Report of the Indian Hemp Drugs Commission, 1894-1895 - Volume VII
Year: 1894
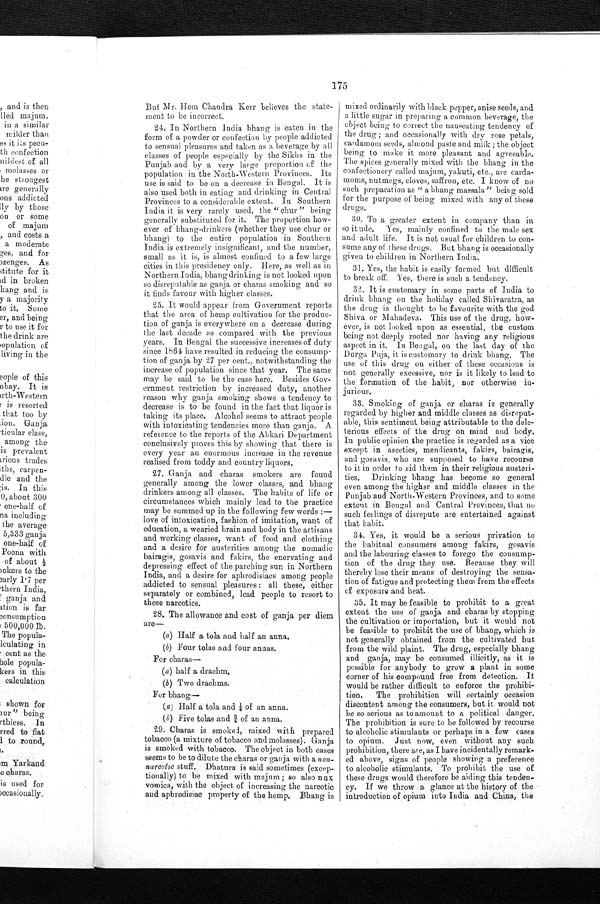
mixed ordinarily with black pepper, anise seeds, and
a little sugar in preparing a common beverage, the
object being to correct the nauseating tendency of
t he dur g ; and occas i onal l yw i t h d r y r o s e p e t a l s ,
cardamom seeds, almond paste and milk ; the object
being to make it more pleasant and agreeable.
The spices generally mixed with the bhang in the
confectionery called majum, yakuti, etc., are carda-
moms, nutmegs, cloves, saffron, etc. I know of no
such preparation as " a bang massala " being sold
for the purpose of being mixed with any of these
drugs.
30. To a greater extent in company than in
-
so itude. Yes, mainly confined to the male sex
and adult life. It is not usual for children to con-
sume any of these drugs. But bhang is occasionally
given to children in Northern India.
31.Yes, the habit is easily formed but difficult
to break off. Yes, there is such a tendency.
32. It is customary in some parts of India to
drink bhang on the holiday called Shivaratra, as
the drug is thought to be favourite with the god
Shiva or Mahadeva. This use of the drug, how-
ever, is not looked upon as essential, the custom
being not deeply rooted nor having any religious
aspect in it. In Bengal, on the last day of the
Durga Puja, it is customary to drink bhang. The
use of this drug on either of these occasions is
not generally excessive, nor is it likely to lead to
the formation of the habit, nor otherwise in-
jurious.
33. Smoking of ganja or charas is generally
regarded by higher and middle classes as disreput-
able, this sentiment being attributable to the dele-
terious effects of the drug on mind and body.
In public opinion the practice is regarded as a vice
except in ascetics, mendicants, fakirs, bairagis,
and gosavis, who are supposed to have recourse
to it in order to aid them in their religious austeri-
ties. Drinking bhang has become so general
even among the higher and middle classes in the
Punjab and North-Western Provinces, and to some
extent in Bengal and Central Provinces, that no
such feelings of disrepute are entertained against
that habit.
175
But Mr. Hem Chandra, Kerr believes the state-
ment to be incorrect.
24. In Northern India bhang is eaten in the
form of a powder or confection by people addicted
to sensual pleasures and taken as a beverage by all
classes of people especially by the Sikhs in the
Punjab and by a very large proportion of the
population in the North-Western Provinces. Its
use is said to be on a decrease in Bengal. It is
also used both in eating and thinking in Central
Provinces to a considerable extent. In Southern
India it is very rarely used, the " chur " being
generally substituted for it. The proportion how-
ever of bhang-drinkers (whether they use chur or
bhang) to the entire population in Southern
India is extremely insignificant, and the number,
small as it is, is almost confined to a few large
cities in this presidency only. Here, as well as in
Northern India, bhang drinking is not looked upon
so disreputable as ganja or charas smoking and so
it finds favour with higher classes.
25. It would appear from Government reports
that the area of hemp cultivation for the produc-
tion of ganja is everywhere on a decrease during
the last decade as compared with the previous
years. In Bengal the successive increases of duty
since 1864 have resulted in reducing the consump-
tion of ganja by 27 per cent., notwithstanding the
increase of population since that year. The same
may be said to be the case here. Besides Gov-
ernment restriction by increased duty, another
reason why ganja smoking shows a tendency to
decrease is to be found in the fact that liquor is
taking its place. Alcohol seems to attract people
with intoxicating tendencies more than ganja. A.
reference to the reports of the Abkari Department
conclusively proves this by showing that there is
every year an enormous increase in the revenue
realised from toddy and country liquors.
27.
Ganja and charas smokers are found
generally among the lower classes, and bhang
drinkers among all classes. The habits of life or
circumstances which mainly lead to the practice
may be summed up in the following few words:—
love of intoxication, fashion of imitation, want of
education, a wearied brain and body in the artisans
and. working classes, want of food and clothing
and a desire for austerities among the nomadic
bairagis, gosavis and fakirs, the enervating and
depressing effect of the parching sun in Northern
India, and a desire for aphrodisiacs among people
addicted to sensual pleasures: all these, either
separately or combined, lead people to resort to
these narcotics.
28. The allowance and cost of ganja per diem
are—
(a) Half a tola and half an anna.
(b) Four tolas and four annas.
For charas
—
(a) half a drachm
.
(b ) Two drachms.
For bhang
—
(a) Half a tola and ¼of an anna.
( b) Five tolas and ¾ of an anna.
29. Charas is smoked, mixed with prepared
tobacco (a mixture of tobacco and molasses). Ganja
is smoked with tobacco. The object in both cases
seems to be to dilute the charas or ganja with a non-
narcotic stuff. Dhatura is said sometimes (excep-
tionally) to be mixed with majum ; so also mix
vomica, with the object of increasing the narcotic
and aphrodisiac property of the hemp. Bhang is
34. Yes, it would be a serious privation to
the habitual consumers among fakirs, gosavis
and the labouring classes to forego the consump-
tion of the drug they use. Because they will
thereby lose their means of destroying the sensa-
tion of fatigue and protecting them from the effects
of exposure and heat.
35. It may be feasible to prohibit to a great
extent the use of ganja and charas by stopping
the cultivation or importation, but it would not
be feasible to prohibit the use of bhang, which is
not generally obtained from the cultivated but
from the wild plaint. The drug, especially bhang
and ganja, may be consumed illicitly, as it is
possible for anybody to grow a plant in some
corner of his compound free from detection. It
would be rather difficult to enforce the prohibi-
tion. The prohibition will certainly occasion
discontent among the consumers, but it would not
be so serious as to amount to a political danger.
The prohibition is sure to be followed by recourse
to alcoholic stimulants or perhaps in a few cases
to opium. Just now, even without any such
prohibition, there are, as I have incidentally remark-
ed above, signs of people showing a preference
to alcoholic stimulants. To prohibit the use of
these drugs would therefore be aiding this tenden-
cy. If we throw a glance at the history of the
introduction of opium into India and China, the